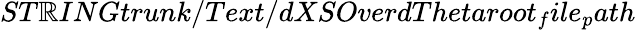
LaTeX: ST\mathbb{R}INGtrunk/Text/dXSOverdThetaroot_{f}ile_{p}ath